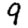
Digit: 9